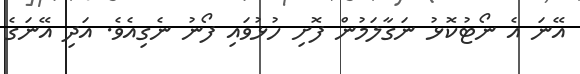
އޭނަ އެ ނޯޓުކޮޅު ނަގާލަމުން ފޮށި ހުޅުވައި ފޯނު ނެގިއެވެ. އަދި އޭނަގެ